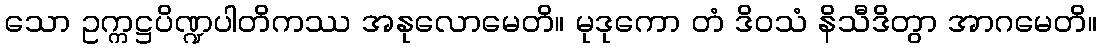
သော ဥက္ကဋ္ဌပိဏ္ဍပါတိကဿ အနုလောမေတိ။ မုဒုကော တံ ဒိဝသံ နိသီဒိတွာ အာဂမေတိ။